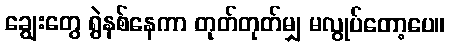
ချွေးတွေ ရွဲနစ်နေကာ တုတ်တုတ်မျှ မလွုပ်တော့ပေ။